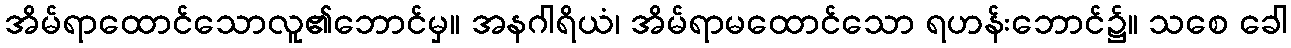
အိမ်ရာထောင်သောလူ၏ဘောင်မှ။ အနဂါရိယံ၊ အိမ်ရာမထောင်သော ရဟန်းဘောင်၌။ သစေ ခေါ